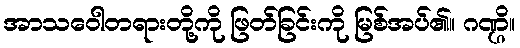
အာသဝေါတရားတို့ကို ဖြတ်ခြင်းကို မြစ်အပ်၏။ ဂဏ္ဌိ။